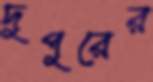
দুপুরের